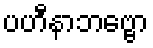
ပဟီနာဘဗ္ဗော